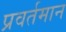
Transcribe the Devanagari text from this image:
प्रवर्तमान